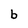
Character: b